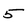
Character: 5